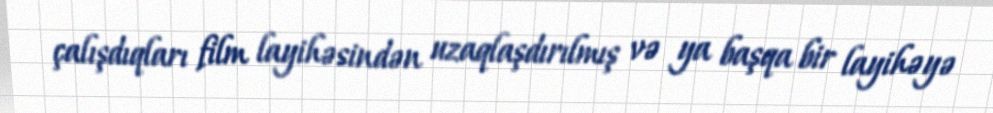
çalışdıqları film layihəsindən uzaqlaşdırılmış və ya başqa bir layihəyə